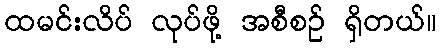
ထမင်းလိပ် လုပ်ဖို့ အစီစဉ် ရှိတယ်။